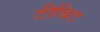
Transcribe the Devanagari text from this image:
टीबिट